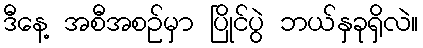
ဒီနေ့ အစီအစဉ်မှာ ပြိုင်ပွဲ ဘယ်နှခုရှိလဲ။